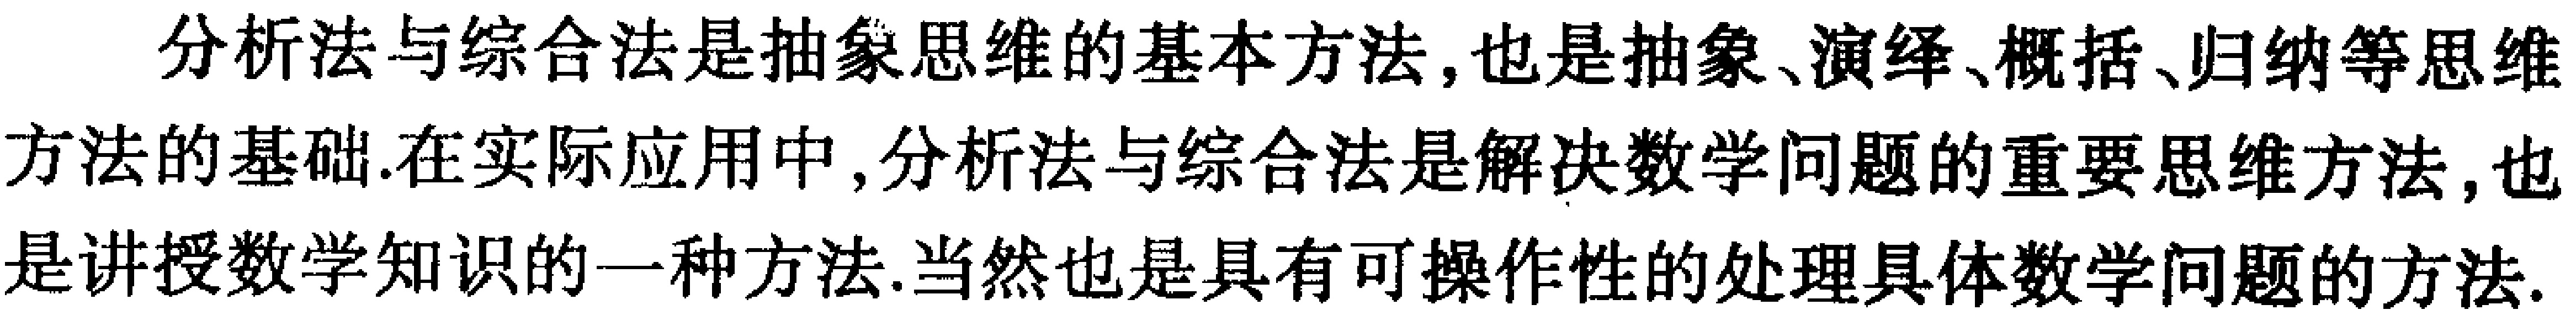
分析法与综合法是抽象思维的基本方法, 也是抽象、演绎、概括、归纳等思维方法的基础.在实际应用中, 分析法与综合法是解决数学问题的重要思维方法, 也是讲授数学知识的一种方法.当然也是具有可操作性的处理具体数学问题的方法.